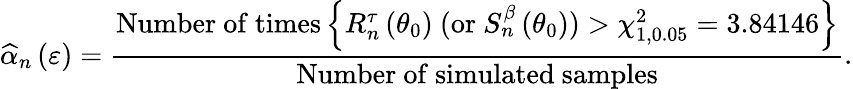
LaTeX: \widehat{\alpha}_{n}\left(\varepsilon\right)=\frac{\mathrm{Number~of~times}\left\{ R_{n}^{\tau}\left(\theta_{0}\right)\mathrm{~(or~}S_{n}^{\beta}\left(\theta_{0}\right))>\chi_{1,0.05}^{2}=3.84146\right\} }{\mathrm{Number~of~simulated~samples}}.